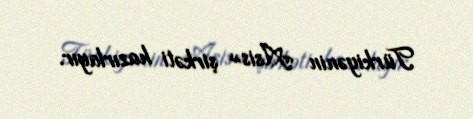
Türkiyənin «Asis» şirkəti hazırlayır.